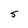
Character: S